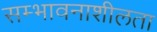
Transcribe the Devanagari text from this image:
सम्भावनाशीलता